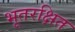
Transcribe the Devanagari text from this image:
भूतरक्षित